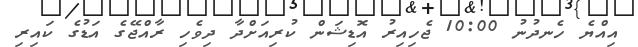
އިއްޔެ ހެނދުނު 10:00 ޖެހިއިރު އޮޑިޝަން ކުރިއަށްދާ ދިވެހި ރާއްޖޭގެ އަޑުގެ ކައިރި